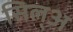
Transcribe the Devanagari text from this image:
सिल्‌अ